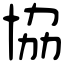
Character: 協